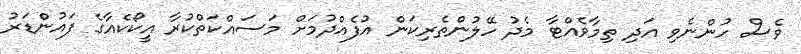
ވެސް ހުންނެވި އަދި ތިމާވެއްޓާ މެދު ހޭލުންތެރިކަން އުފެއްދުމަށް މަސައްކަތްކުރާ އީކޯކެއާގެ ފައުންޑަރު